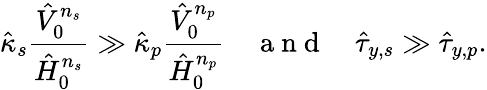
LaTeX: \hat{\kappa}_{s}\frac{\hat{V}_{0}^{n_{s}}}{\hat{H}_{0}^{n_{s}}}\gg\hat{\kappa}_{p}\frac{\hat{V}_{0}^{n_{p}}}{\hat{H}_{0}^{n_{p}}}~~~~\mathrm{~a~n~d~}~~~~\hat{\tau}_{y,s}\gg\hat{\tau}_{y,p}.